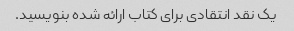
یک نقد انتقادی برای کتاب ارائه شده بنویسید.